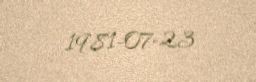
1981-07-23